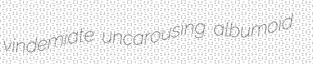
vindemiate uncarousing albumoid